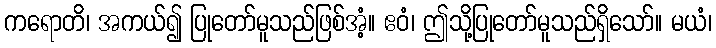
ကရောတိ၊ အကယ်၍ ပြုတော်မူသည်ဖြစ်အံ့။ ဧဝံ၊ ဤသို့ပြုတော်မူသည်ရှိသော်။ မယံ၊